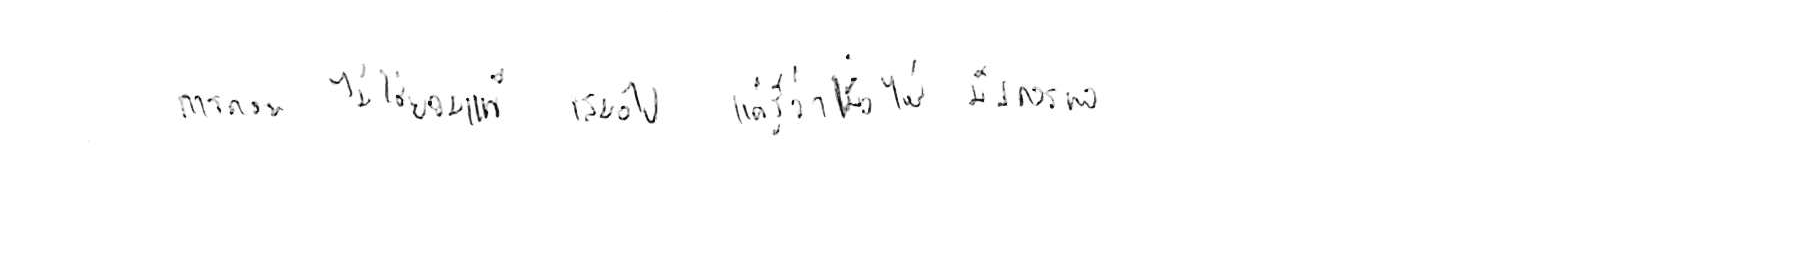
การถอย ไม่ใช่ยอมแพ้ เสมอไป แค่รู้ว่าเมื่อไหร่ มันควรพอ